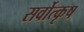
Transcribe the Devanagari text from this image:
सर्वोत्कृष